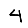
Digit: 4